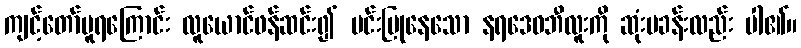
ကျင့်တော်မူရကြောင်း လူယောင်ဖန်ဆင်း၍ မင်းပြုနေသော နရဒေဝဘီလူးကို ဆုံးမခန်းလည်း ပါ၏။